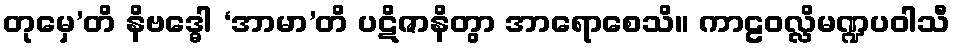
တုမှေ’တိ နိဗဒ္ဓေါ ‘အာမာ’တိ ပဋိဇာနိတွာ အာရောစေသိ။ ကာဠဝလ္လိမဏ္ဍပဝါသီ